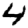
Digit: 4